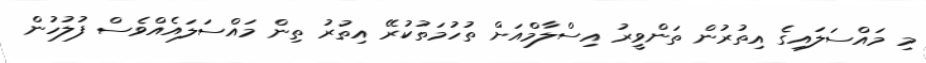
މި މައްސަލައިގެ އިތުރުން ތަންވީރު އިސްލާމްއަށް ތުހުމަތުކުރޭ އިތުރު ތިން މައްސަލައެއްވެސް ފުލުހުން